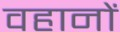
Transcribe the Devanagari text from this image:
वहानों